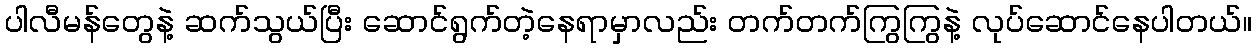
ပါလီမန်တွေနဲ့ ဆက်သွယ်ပြီး ဆောင်ရွက်တဲ့နေရာမှာလည်း တက်တက်ကြွကြွနဲ့ လုပ်ဆောင်နေပါတယ်။